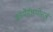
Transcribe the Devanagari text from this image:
कॉमेडीस्पोर्त्ज़